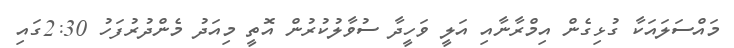
މައްސަލައަކާ ގުޅިގެން އިމްރާނާއި އަލީ ވަހީދާ ސުވާލުކުރުން އޮތީ މިއަދު މެންދުރުފަހު 2:30ގައި